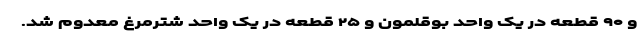
و ۹۰ قطعه در یک واحد بوقلمون و ۲۵ قطعه در یک واحد شترمرغ معدوم شد.